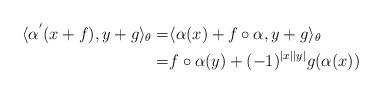
LaTeX: \begin{align*}\langle \alpha^{'}(x+f), y+g \rangle_{\theta}=&\langle \alpha(x)+f\circ\alpha, y+g \rangle_{\theta}\\ =&f\circ\alpha(y)+(-1)^{|x||y|}g(\alpha(x))\end{align*}